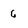
Character: 6